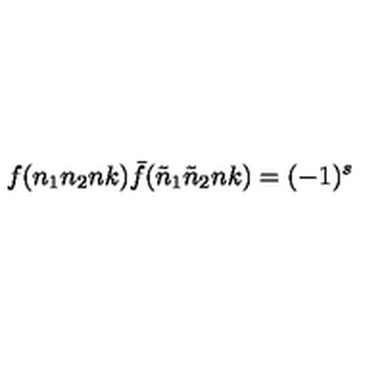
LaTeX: f ( n _ { 1 } n _ { 2 } n k ) { \bar { f } } ( { \tilde { n } } _ { 1 } { \tilde { n } } _ { 2 } n k ) = ( - 1 ) ^ { s }